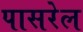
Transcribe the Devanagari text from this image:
पासरेल